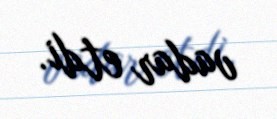
vadar etdi.